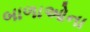
બાળાઓના